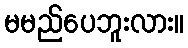
မမည်ပေဘူးလား။